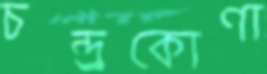
চন্দ্র্রকোণা